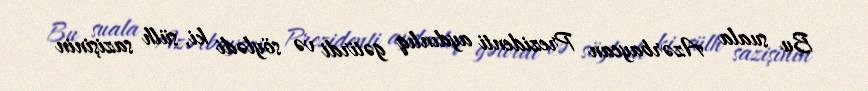
Bu suala Azərbaycan Prezidenti aydınlıq gətirdi və söylədi ki, sülh sazişinin